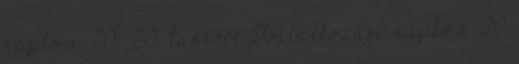
napló a 20 20. tanévre Foglalkozási napló a 20